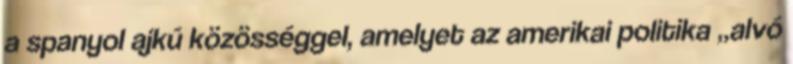
a spanyol ajkú közösséggel, amelyet az amerikai politika „alvó